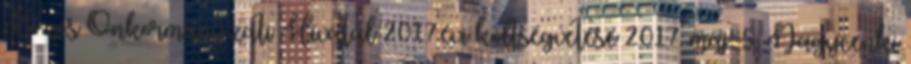
Közös Önkormányzati Hivatal 2017.évi költségvetése 2017. máj. 5. Nagycenki